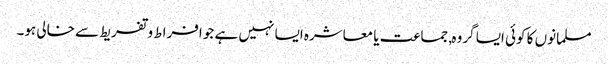
مسلمانوں کا کوئی ایسا گروہ, جماعت یا معاشرہ ایسا نہیں ہے جو افراط و تفریط سے خالی ہو۔